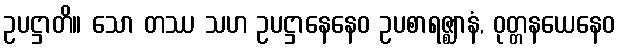
ဥပဋ္ဌာတိ။ သော တဿ သဟ ဥပဋ္ဌာနေနေဝ ဥပစာရဇ္ဈာနံ, ဝုတ္တနယေနေဝ